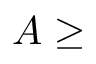
A \geq